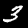
Label: 3